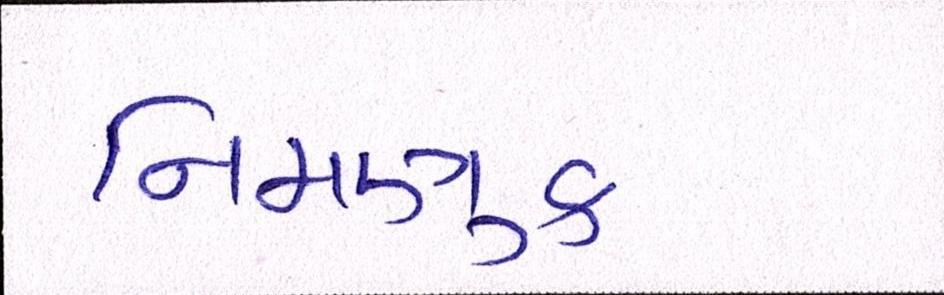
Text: નિમણુક